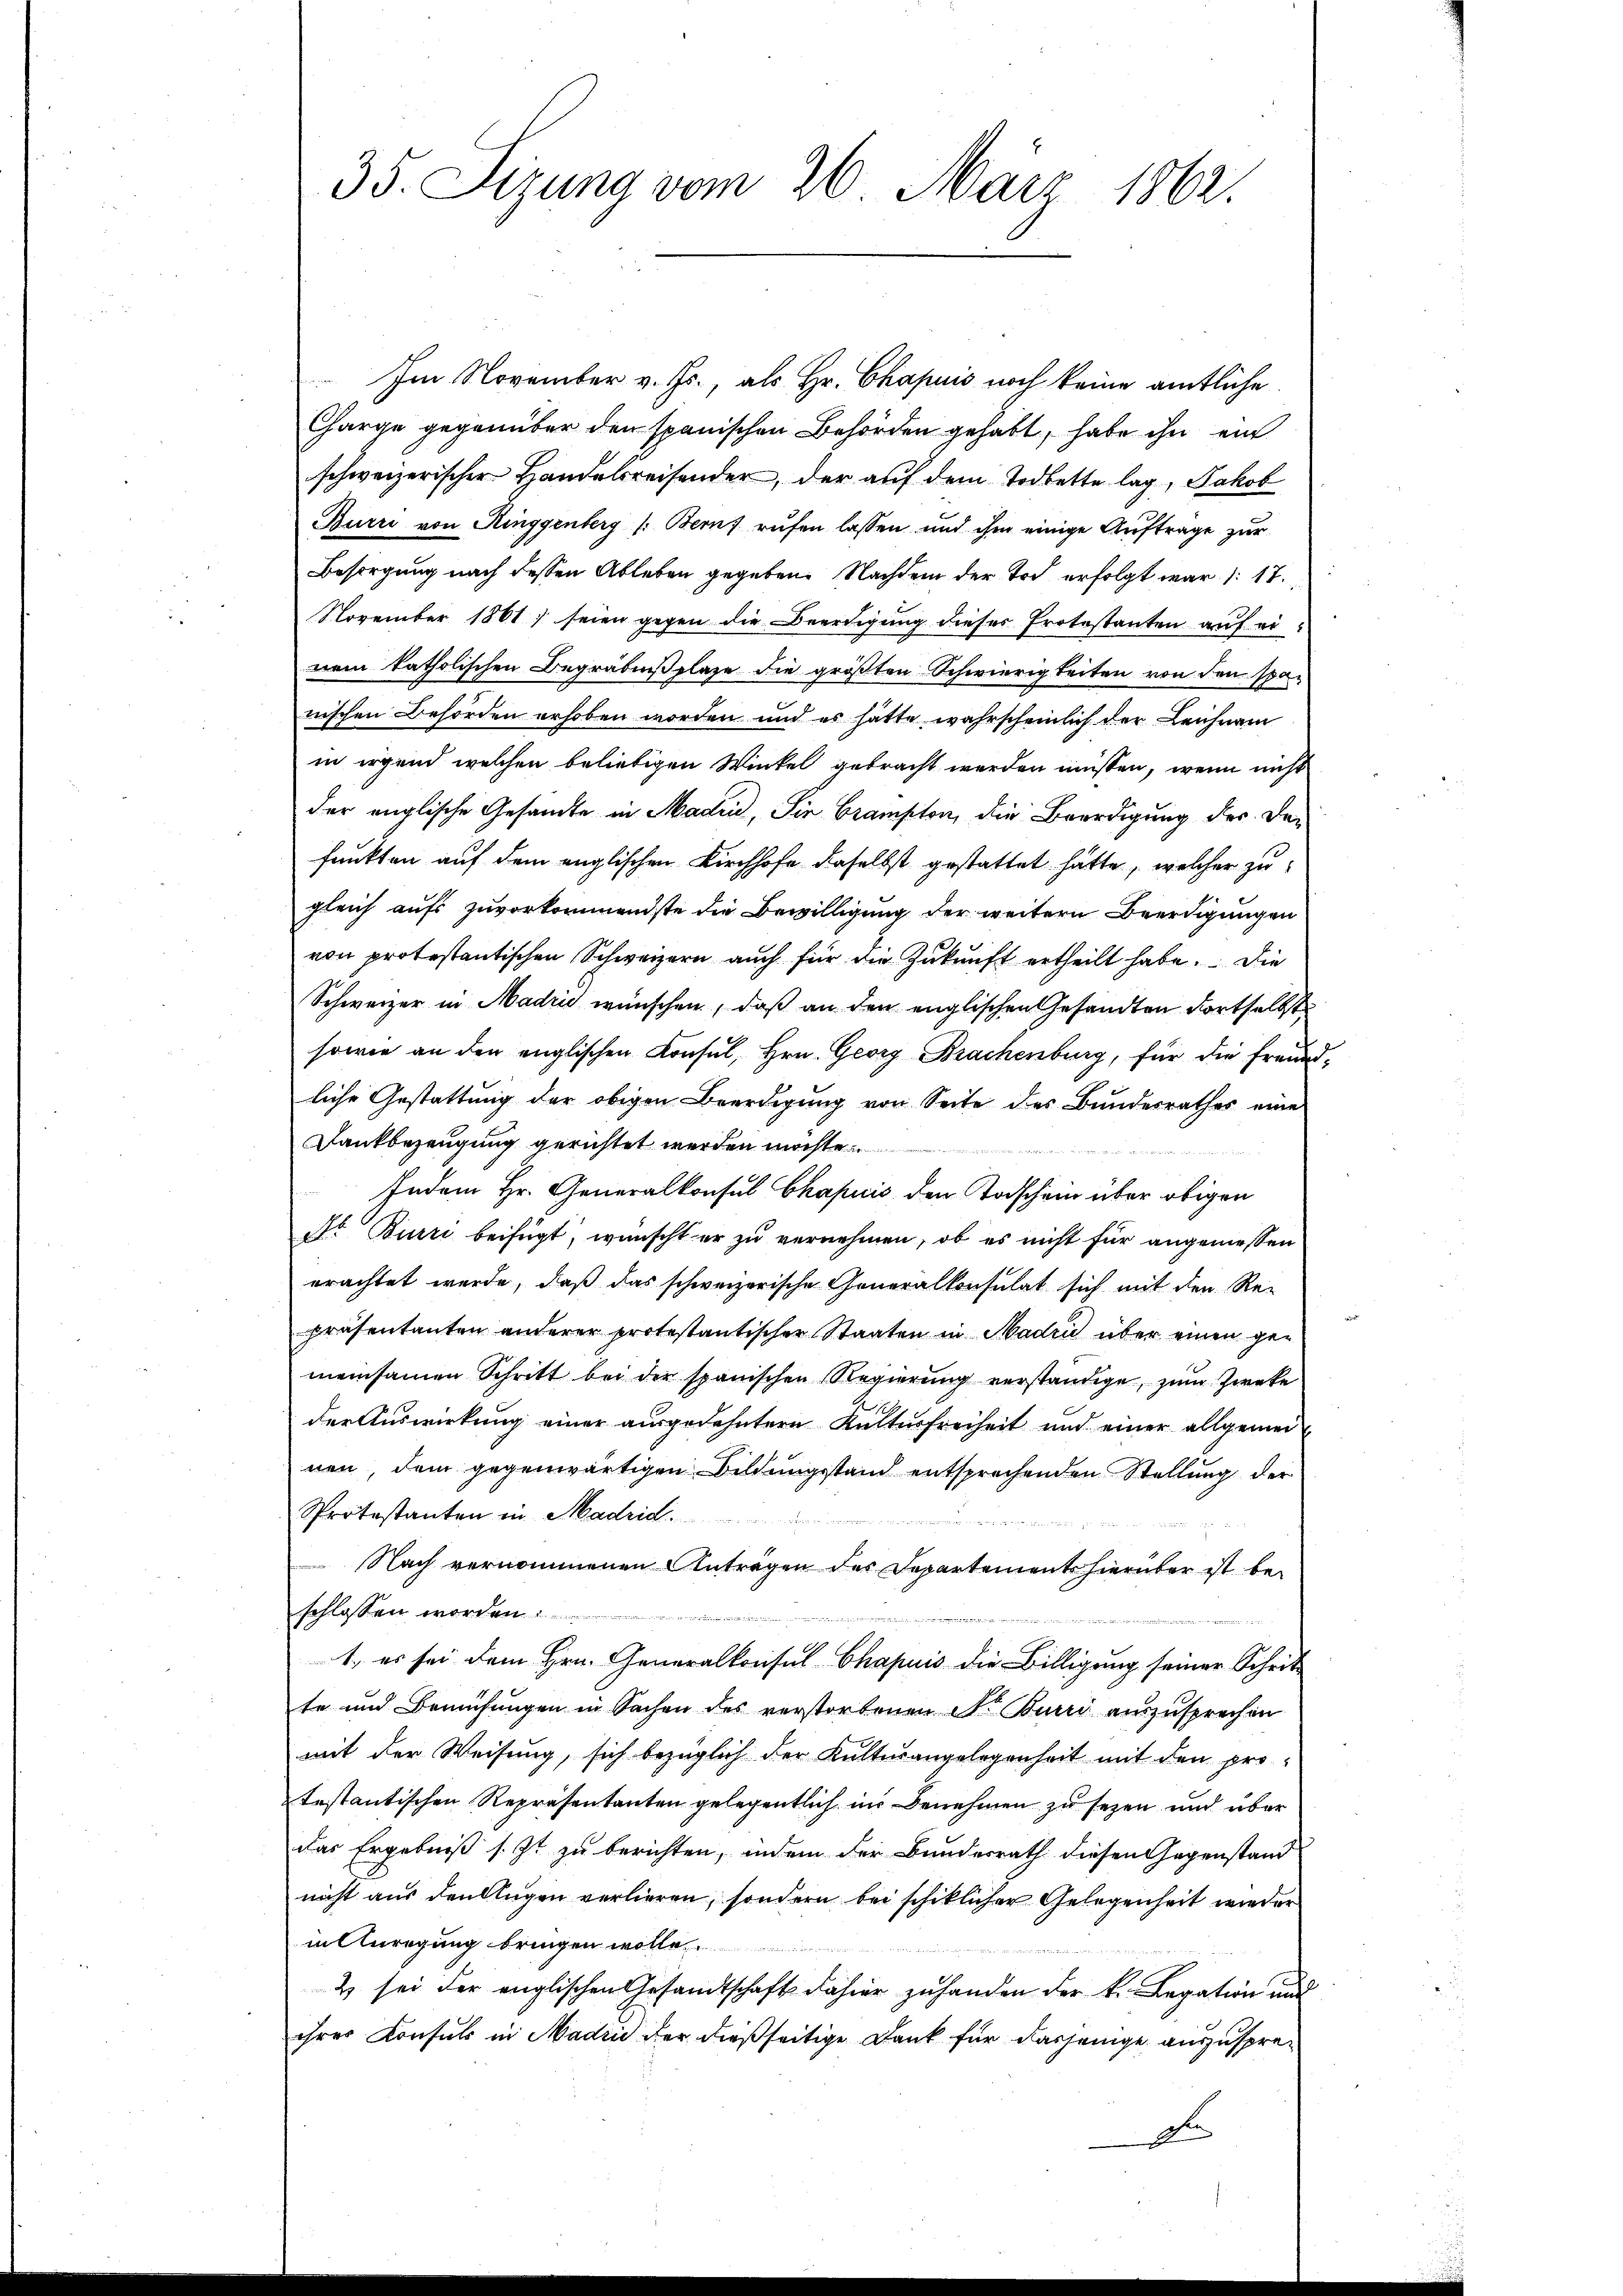
Im November v. Js., als Hr. Chapuis noch keine amtliche
Charge gegenüber den spanischen Behörden gehabt, habe ihn ein
schweizerischer Handelsreisender, der auf dem Todbette lag, Jakob
Burri von Ringgenberg /: Berns rufen lassen und ihm einige Auftrage zur
Besorgung nach dessen Ableben gegeben. Nachdem der Tod erfolgt war 17.
November 1861, seien gegen die Beerdigung dieses Protestanten auf einem katholischen Begräbnißplaze die größten Schwierigkeiten von den spanischen Behörden erhoben worden und es hatte wahrscheinlich der Leichnam
in irgend welchen beliebigen Winkel gebracht werden müssen, wenn nicht
der englische Gesandte in Maden, die Crampton, die Beerdigung der Defunkten auf dem englischen Kirchhofe daselbst gestattet hätte, welcher zu
gleich aufs zuvorkommendste die Bewilligung der weitern Beerdigungen
von protestantischen Schweizern auch für die Zŭkŭnft ertheilt habe. Die
Schweizer in Madri wünschen, daß an den englischen Gesandten Fortselbst
sowie an den englischen Konsul, Hrn. Georg Brachenburg, für die Freundliche Gestattung der obigen Beerdigung von Seite des Bundesrathes eine
Dankbezeugung gerichtet werden möchte.
 erliche der H
Indem Hr. Generalkonsul Chapicis den Todschein über obigen
Nr Burri beifügt, wünscht er zu vernehmen, ob es nicht für angemessen
erachtet werde, daß das schweizerische Generalkonsulat sich mit den Re-
präsentanten anderer protestantischer Staaten in Madri über einen gemeinsamen Schritt bei der spanischen Regierung verständige, zum Zweke
der Auswirkung einer ausgedehntern Kulturfreiheit und einer allgemeinen, dem gegenwärtigen Bildungsstand entsprechenden Stellung der
Protestanten in Madrid.

Nach vernommenen Anträgen des Departement hierüber ist beschlossen worden.
1., es sei dem Hrn. Generalkonsul Chapuis die Billigung seiner Schritte und Bemühungen in Sachen des verstorbenen N. Burri auszusprechen
mit der Weisung, sich bezüglich der Kulturangelegenheit mit den protestantischen Repräsentanten gelegentlich in Benehmen zu sezen und über
das Ergebniß s. Zt. zu berichten, indem der Bundesrath diesen Gegenstand
nicht aus den Augen verlieren, sondern bei schiklicher Gelegenheit wieder
in Anregung bringen wolle.
& sei der englischen Gesandtschaft dahier zu handen der k. Legation und
ihrer Konsuls in Madri der dießseitige Dank für dasjenige auszuspreden

35. Sizung vom 26. März 1862.